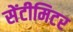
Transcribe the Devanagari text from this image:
सेंटीमिटर